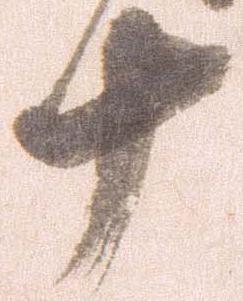
十